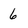
Character: 6